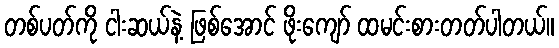
တစ်ပတ်ကို ငါးဆယ်နဲ့ ဖြစ်အောင် ဖိုးကျော် ထမင်းစားတတ်ပါတယ်။